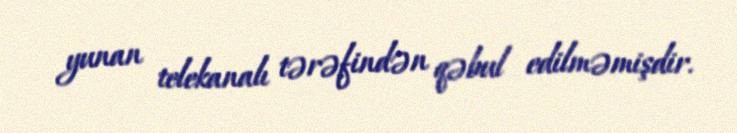
yunan telekanalı tərəfindən qəbul edilməmişdir.